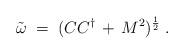
LaTeX: \begin{align*}{\tilde \omega} \;=\; ( C C^\dagger \,+\, M^2 )^{\frac{1}{2}} \;.\end{align*}